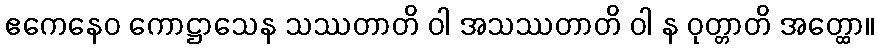
ဧကေနေဝ ကောဋ္ဌာသေန သဿတာတိ ဝါ အသဿတာတိ ဝါ န ဝုတ္တာတိ အတ္ထော။